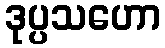
ဒုပ္ပသဟော